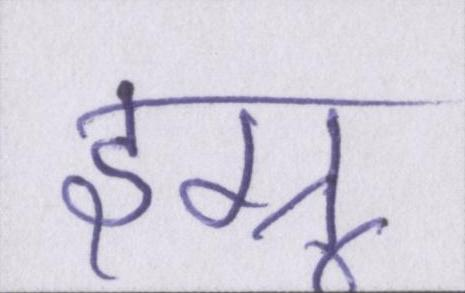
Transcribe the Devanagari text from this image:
इग्नू